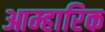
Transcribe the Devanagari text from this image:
आम्हारिक